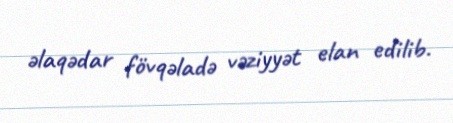
əlaqədar fövqəladə vəziyyət elan edilib.